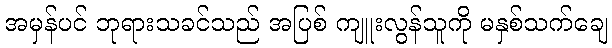
အမှန်ပင် ဘုရားသခင်သည် အပြစ် ကျူးလွန်သူကို မနှစ်သက်ချေ